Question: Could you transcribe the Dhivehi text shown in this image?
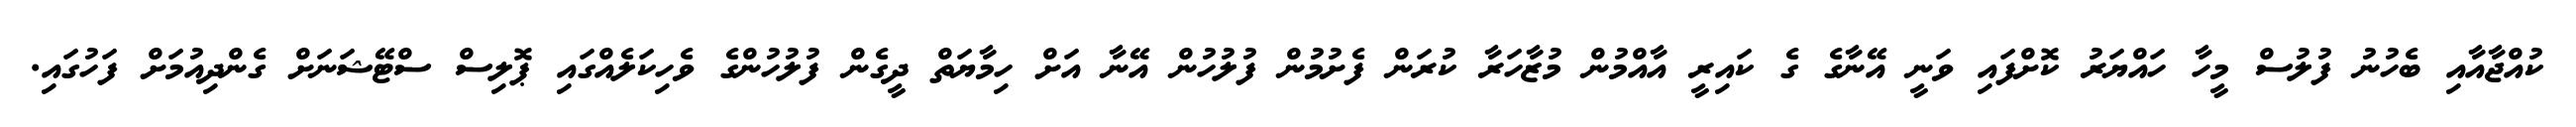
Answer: ކުއްޖާއާއި ބެހުނު ފުލުސް މީހާ ހައްޔަރު ކޮށްފައި ވަނީ އޭނާގެ ގެ ކައިރީ އާއްމުން މުޒާހަރާ ކުރަން ފެށުމުން ފުލުހުން އޭނާ އަށް ހިމާޔަތް ދީގެން ފުލުހުންގެ ވެހިކަލެއްގައި ޕޮލިސް ސްޓޭޝަނަށް ގެންދިއުމަށް ފަހުގައި.